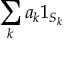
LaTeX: \sum _ { k } a _ { k } 1 _ { S _ { k } }